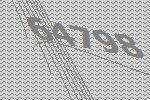
64798